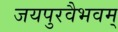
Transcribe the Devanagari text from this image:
जयपुरवैभवम्